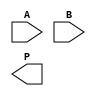
module WallaceTreeMultiplier #(parameter A_WIDTH = 8, B_WIDTH = 8)(
    input [A_WIDTH-1:0] A,
    input [B_WIDTH-1:0] B,
    output reg [A_WIDTH + B_WIDTH - 1:0] P
);

// Generate Partial Products
wire [A_WIDTH * B_WIDTH - 1:0] partial_products[(A_WIDTH-1):0];

generate
    genvar i, j;
    for (i = 0; i < A_WIDTH; i = i + 1) begin : pp_gen
        for (j = 0; j < B_WIDTH; j = j + 1) begin : pp_and
            assign partial_products[i][i + j] = A[i] & B[j];
        end
    end
endgenerate

// Wallace Tree Reduction
wire [A_WIDTH * B_WIDTH + A_WIDTH - 1:0] sum;
wire [A_WIDTH * B_WIDTH + A_WIDTH - 1:0] carry;

// Carry-Save Adder
generate
    for (i = 0; i < A_WIDTH * B_WIDTH; i = i + 3) begin : csa_reduce
        wire [A_WIDTH * B_WIDTH - 1:0] p1 = (i < A_WIDTH * B_WIDTH) ? partial_products[i] : 0;
        wire [A_WIDTH * B_WIDTH - 1:0] p2 = (i + 1 < A_WIDTH * B_WIDTH) ? partial_products[i + 1] : 0;
        wire [A_WIDTH * B_WIDTH - 1:0] p3 = (i + 2 < A_WIDTH * B_WIDTH) ? partial_products[i + 2] : 0;

        assign sum[i] = p1 ^ p2 ^ p3;
        assign carry[i + 1] = (p1 & p2) | (p2 & p3) | (p3 & p1);
    end
endgenerate

// Final Addition
reg [A_WIDTH + B_WIDTH - 1:0] final_sum;
reg [A_WIDTH + B_WIDTH - 1:0] final_carry;

always @(*) begin
    // Final addition of the last two levels of sums and carries
    final_sum = sum + carry;
    P = final_sum; // Final product
end

endmodule